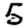
Digit: 5